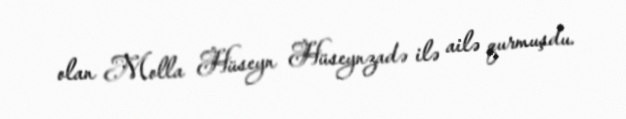
olan Molla Hüseyn Hüseynzadə ilə ailə qurmuşdu.